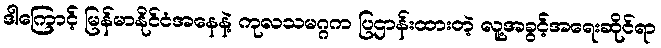
ဒါကြောင့် မြန်မာနိုင်ငံအနေနဲ့ ကုလသမဂ္ဂက ပြဌာန်းထားတဲ့ လူ့အခွင့်အရေးဆိုင်ရာ